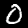
Label: 0